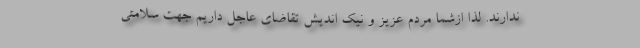
ندارند. لذا ازشما مردم عزیز و نیک اندیش تقاضای عاجل داریم جهت سلامتی